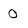
Character: 0